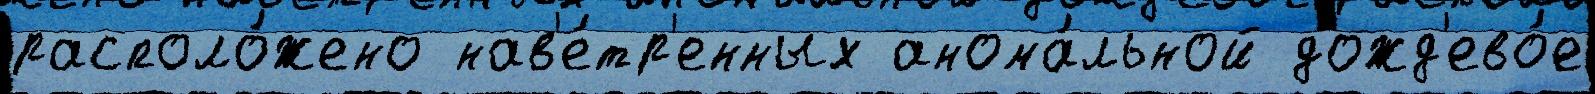
располо́жено нав'е́тр'енных анома́льной дожд'ево́е